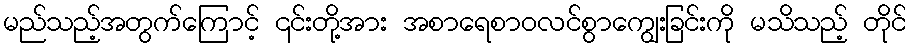
မည်သည့်အတွက်ကြောင့် ၎င်းတို့အား အစာရေစာဝလင်စွာကျွေးခြင်းကို မသိသည့် တိုင်